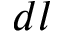
d l